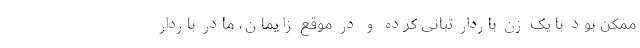
ممکن بود با یک زن باردار تبانی کرده و در موقع زایمان، مادر باردار